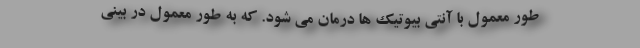
طور معمول با آنتی بیوتیک ها درمان می شود. که به طور معمول در بینی